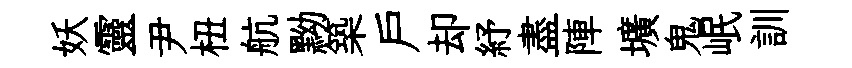
妖靈尹杻航黝築戸却紓盡陣壙鬼岷訓